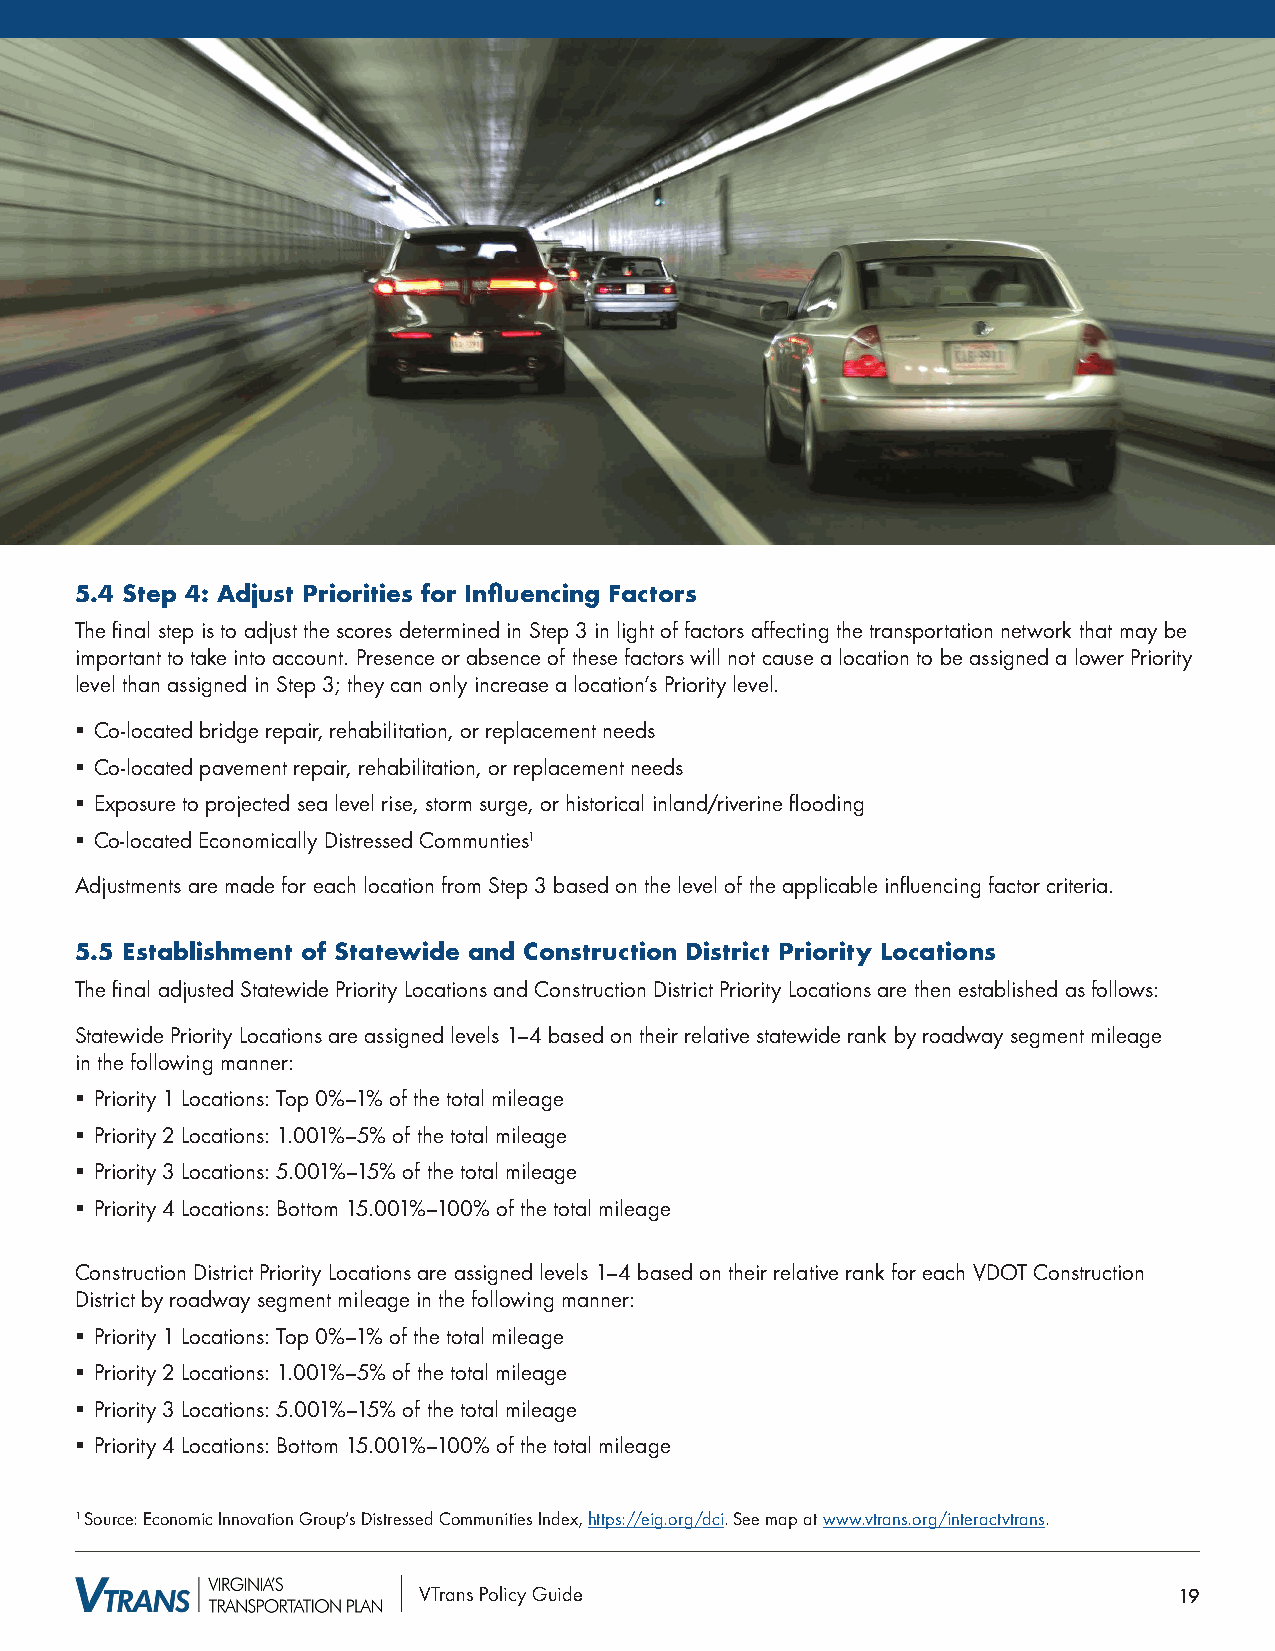
5.4 Step 4: Adjust Priorities for Influencing Factors
 The final step is to adjust the scores determined in Step 3 in light of factors affecting the transportation network that may be
 important to take into account. Presence or absence of these factors will not cause a location to be assigned a lower Priority
 level than assigned in Step 3; they can only increase a location’s Priority level.
 § Co-located bridge repair, rehabilitation, or replacement needs
 § Co-located pavement repair, rehabilitation, or replacement needs
 § Exposure to projected sea level rise, storm surge, or historical inland/riverine flooding
 § Co-located Economically Distressed Communties1
 Adjustments are made for each location from Step 3 based on the level of the applicable influencing factor criteria.
 5.5 Establishment of Statewide and Construction District Priority Locations
 The final adjusted Statewide Priority Locations and Construction District Priority Locations are then established as follows:
 Statewide Priority Locations are assigned levels 1–4 based on their relative statewide rank by roadway segment mileage
 in the following manner:
 § Priority 1 Locations: Top 0%–1% of the total mileage
 § Priority 2 Locations: 1.001%–5% of the total mileage
 § Priority 3 Locations: 5.001%–15% of the total mileage
 § Priority 4 Locations: Bottom 15.001%–100% of the total mileage
 Construction District Priority Locations are assigned levels 1–4 based on their relative rank for each VDOT Construction
 District by roadway segment mileage in the following manner:
 § Priority 1 Locations: Top 0%–1% of the total mileage
 § Priority 2 Locations: 1.001%–5% of the total mileage
 § Priority 3 Locations: 5.001%–15% of the total mileage
 § Priority 4 Locations: Bottom 15.001%–100% of the total mileage
 1 Source: Economic Innovation Group’s Distressed Communities Index, https://eig.org/dci. See map at www.vtrans.org/interactvtrans.
 VTrans Policy Guide                               19